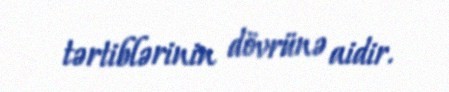
tərtiblərinin dövrünə aidir.